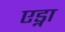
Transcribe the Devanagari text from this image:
एड्ना